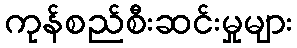
ကုန်စည်စီးဆင်းမှုများ